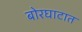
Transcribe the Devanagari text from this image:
बोरघाटात